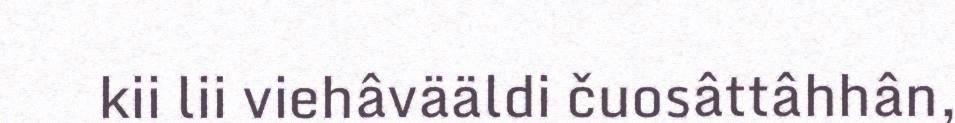
kii lii viehâvääldi čuosâttâhhân,